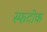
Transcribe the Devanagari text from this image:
स्फटीक